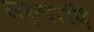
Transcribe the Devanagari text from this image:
सर्गादि